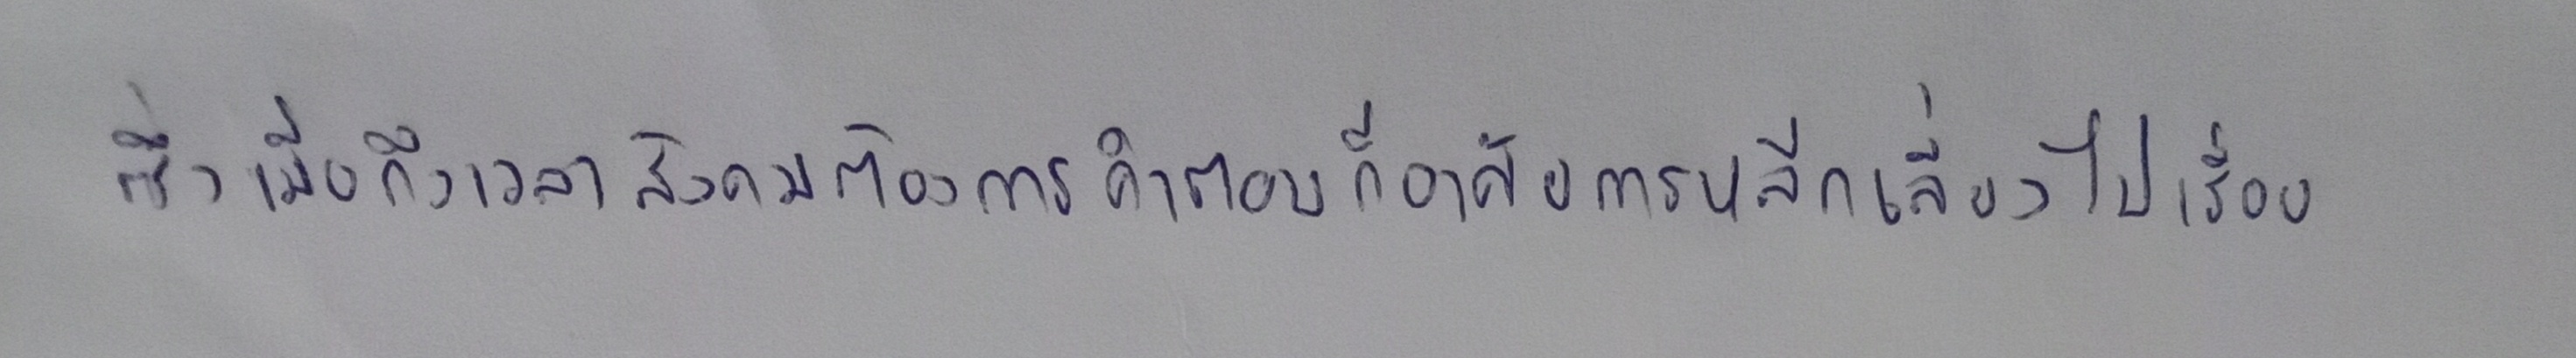
ซึ่งเมื่อถึงเวลาสังคมต้องการคำตอบก็อาศัยการหลีกเลี่ยงไปเรื่อย